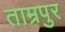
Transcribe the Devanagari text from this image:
ताम्रपुर